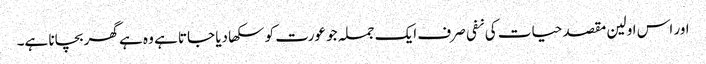
اور اس اولین مقصد حیات کی نفی صرف ایک جملہ جو عورت کو سکھا دیا جاتا ہے وہ ہے گھر بچانا ہے۔